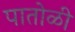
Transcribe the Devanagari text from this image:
पातोळी